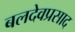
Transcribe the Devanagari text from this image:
बलदेवप्रसाद